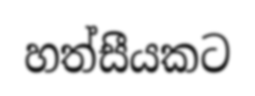
හත්සීයකට